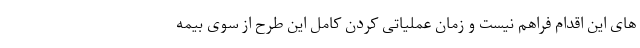
های این اقدام فراهم نیست و زمان عملیاتی کردن کامل این طرح از سوی بیمه